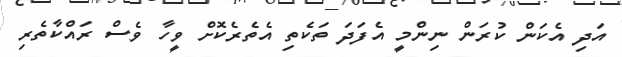
އަދި އެކަން ކުރަން ނިންމީ އެފަދަ ތަކެތި އެތެރެކޮށް ވީހާ ވެސް ރައްކާތެރި